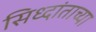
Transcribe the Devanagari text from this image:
सिध्दांताच्या